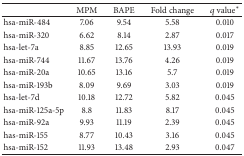
<table><thead><tr><td><b> </b></td><td><b>MPM</b></td><td><b>BAPE</b></td><td><b>Fold change</b></td><td><b><i>q</i> value<sup>*</sup></b></td></tr></thead><tbody><tr><td>hsa-miR-484</td><td>7.06</td><td>9.54</td><td>5.58</td><td>0.010</td></tr><tr><td>hsa-miR-320</td><td>6.62</td><td>8.14</td><td>2.87</td><td>0.017</td></tr><tr><td>hsa-let-7a</td><td>8.85</td><td>12.65</td><td>13.93</td><td>0.019</td></tr><tr><td>hsa-miR-744</td><td>11.67</td><td>13.76</td><td>4.26</td><td>0.019</td></tr><tr><td>hsa-miR-20a</td><td>10.65</td><td>13.16</td><td>5.7</td><td>0.019</td></tr><tr><td>hsa-miR-193b</td><td>8.09</td><td>9.69</td><td>3.03</td><td>0.019</td></tr><tr><td>hsa-let-7d</td><td>10.18</td><td>12.72</td><td>5.82</td><td>0.045</td></tr><tr><td>hsa-miR-125a-5p</td><td>8.8</td><td>11.83</td><td>8.17</td><td>0.045</td></tr><tr><td>hsa-miR-92a</td><td>9.93</td><td>11.19</td><td>2.39</td><td>0.045</td></tr><tr><td>has-miR-155</td><td>8.77</td><td>10.43</td><td>3.16</td><td>0.045</td></tr><tr><td>hsa-miR-152</td><td>11.93</td><td>13.48</td><td>2.93</td><td>0.047</td></tr></tbody></table>